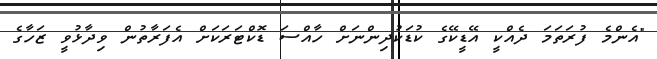
"އެންމެ ފުރަތަމަ ދެއްކީ އޭޑީކޭގެ ކުޑަކުދިންނަށް ހާއްސަ ޑޮކްޓަރަކަށް އެފަރާތުން ވިދާޅުވީ ޒަހާގެ